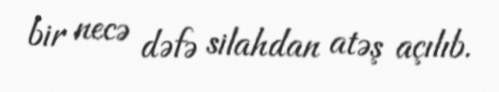
bir necə dəfə silahdan atəş açılıb.